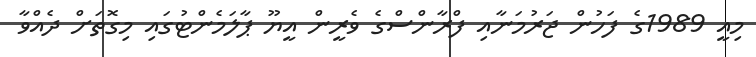
މިއީ 1989ގެ ފަހުން ޖަރުމަނާއި ފްރާންސްގެ ވެރީން އީޔޫ ޕާލަމެންޓުގައި މިގޮތަށް ދެއްވާ